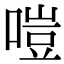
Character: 𠹛